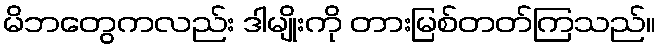
မိဘတွေကလည်း ဒါမျိုးကို တားမြစ်တတ်ကြသည်။